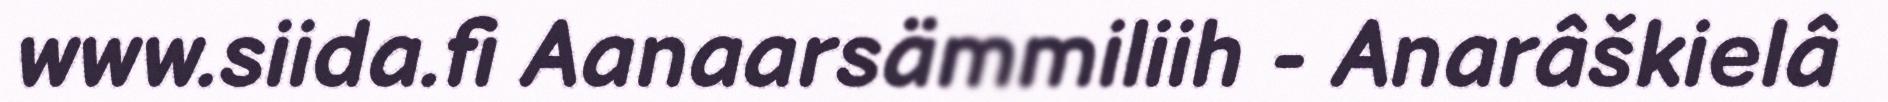
www.siida.fi Aanaarsämmiliih - Anarâškielâ